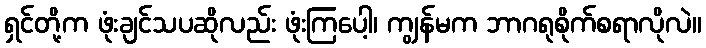
ရှင်တို့က ဖုံးချင်သပဆိုလည်း ဖုံးကြပေါ့၊ ကျွန်မက ဘာဂရုစိုက်စရာလိုလဲ။